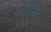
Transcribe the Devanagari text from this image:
खूर्चीवर